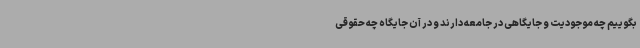
بگوییم چه موجودیت و جایگاهی در جامعه دارند و در آن جایگاه چه حقوقی